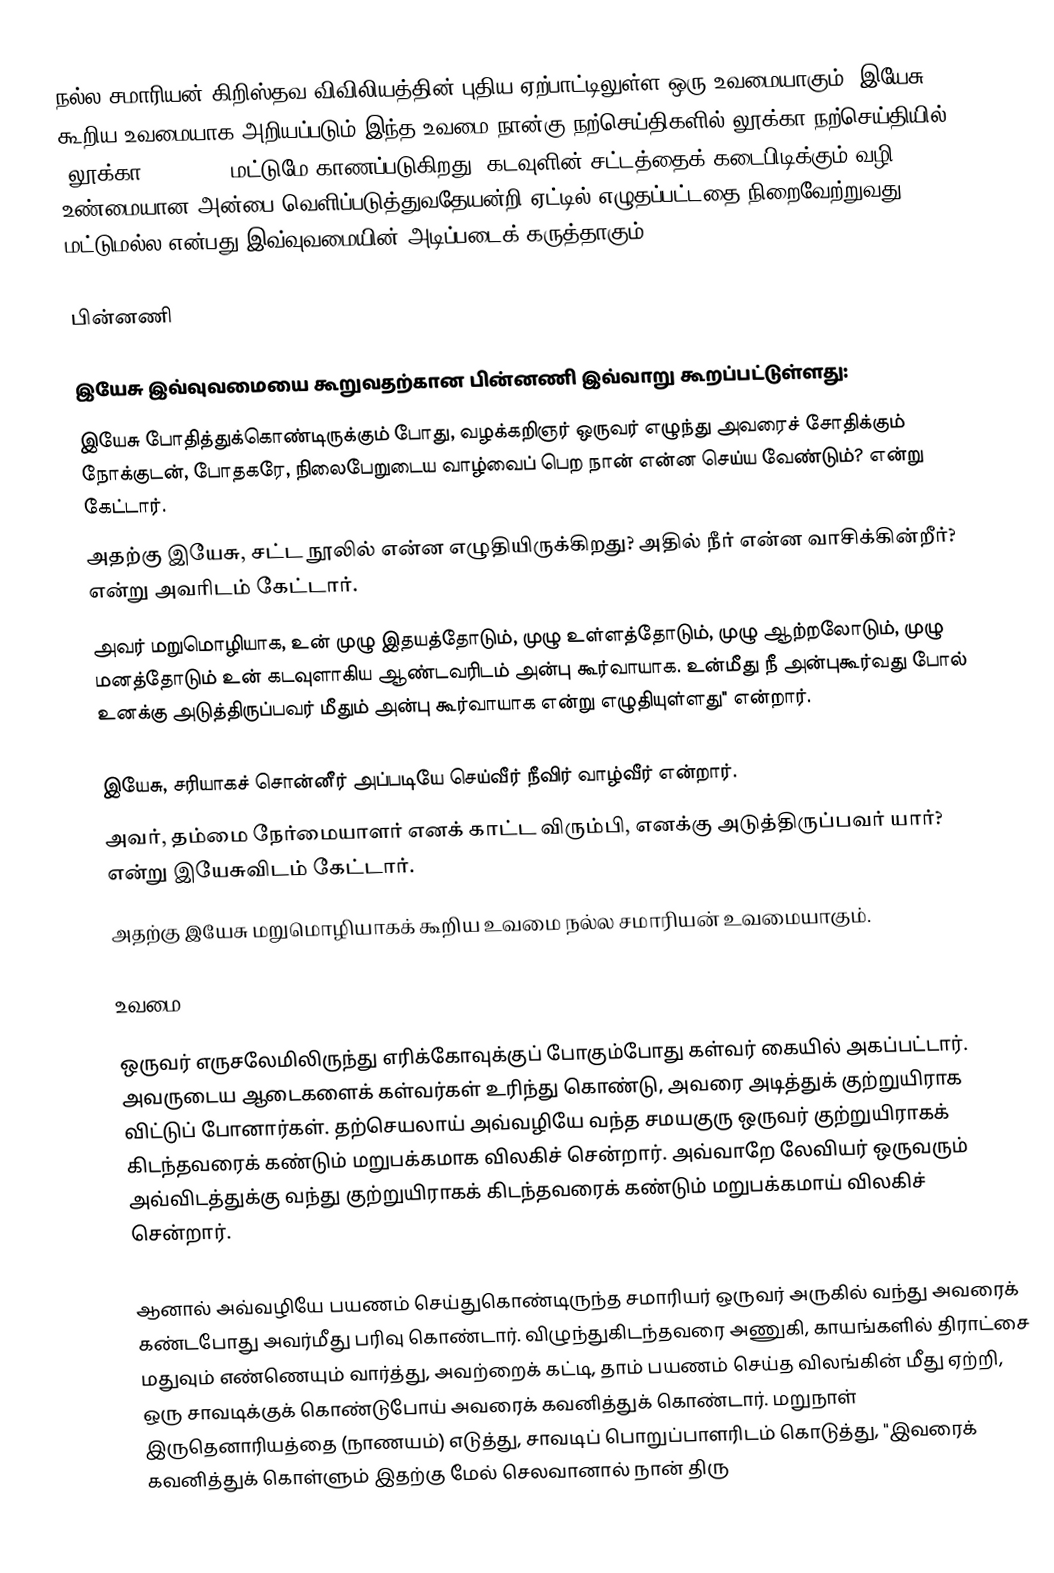
நல்ல சமாரியன் கிறிஸ்தவ விவிலியத்தின் புதிய ஏற்பாட்டிலுள்ள ஒரு உவமையாகும். இயேசு கூறிய உவமையாக அறியப்படும் இந்த உவமை நான்கு நற்செய்திகளில் லூக்கா நற்செய்தியில் (லூக்கா 10:25-37) மட்டுமே காணப்படுகிறது. கடவுளின் சட்டத்தைக் கடைபிடிக்கும் வழி உண்மையான அன்பை வெளிப்படுத்துவதேயன்றி ஏட்டில் எழுதப்பட்டதை நிறைவேற்றுவது மட்டுமல்ல என்பது இவ்வுவமையின் அடிப்படைக் கருத்தாகும்.

பின்னணி

இயேசு இவ்வுவமையை கூறுவதற்கான பின்னணி இவ்வாறு கூறப்பட்டுள்ளது:
இயேசு போதித்துக்கொண்டிருக்கும் போது, வழக்கறிஞர் ஒருவர் எழுந்து அவரைச் சோதிக்கும் நோக்குடன், போதகரே, நிலைபேறுடைய வாழ்வைப் பெற நான் என்ன செய்ய வேண்டும்? என்று கேட்டார்.
அதற்கு இயேசு, சட்ட நூலில் என்ன எழுதியிருக்கிறது? அதில் நீர் என்ன வாசிக்கின்றீர்? என்று அவரிடம் கேட்டார்.
அவர் மறுமொழியாக, உன் முழு இதயத்தோடும், முழு உள்ளத்தோடும், முழு ஆற்றலோடும், முழு மனத்தோடும் உன் கடவுளாகிய ஆண்டவரிடம் அன்பு கூர்வாயாக. உன்மீது நீ அன்புகூர்வது போல் உனக்கு அடுத்திருப்பவர் மீதும் அன்பு கூர்வாயாக என்று எழுதியுள்ளது" என்றார்.

இயேசு, சரியாகச் சொன்னீர் அப்படியே செய்வீர் நீவிர் வாழ்வீர் என்றார்.
அவர், தம்மை நேர்மையாளர் எனக் காட்ட விரும்பி, எனக்கு அடுத்திருப்பவர் யார்? என்று இயேசுவிடம் கேட்டார்.
அதற்கு இயேசு மறுமொழியாகக் கூறிய உவமை நல்ல சமாரியன் உவமையாகும்.

உவமை

ஒருவர் எருசலேமிலிருந்து எரிக்கோவுக்குப் போகும்போது கள்வர் கையில் அகப்பட்டார். அவருடைய ஆடைகளைக் கள்வர்கள் உரிந்து கொண்டு, அவரை அடித்துக் குற்றுயிராக விட்டுப் போனார்கள். தற்செயலாய் அவ்வழியே வந்த சமயகுரு ஒருவர் குற்றுயிராகக் கிடந்தவரைக் கண்டும் மறுபக்கமாக விலகிச் சென்றார். அவ்வாறே லேவியர் ஒருவரும் அவ்விடத்துக்கு வந்து குற்றுயிராகக் கிடந்தவரைக் கண்டும் மறுபக்கமாய் விலகிச் சென்றார்.

ஆனால் அவ்வழியே பயணம் செய்துகொண்டிருந்த சமாரியர் ஒருவர் அருகில் வந்து அவரைக் கண்டபோது அவர்மீது பரிவு கொண்டார். விழுந்துகிடந்தவரை அணுகி, காயங்களில் திராட்சை மதுவும் எண்ணெயும் வார்த்து, அவற்றைக் கட்டி, தாம் பயணம் செய்த விலங்கின் மீது ஏற்றி, ஒரு சாவடிக்குக் கொண்டுபோய் அவரைக் கவனித்துக் கொண்டார். மறுநாள் இருதெனாரியத்தை (நாணயம்) எடுத்து, சாவடிப் பொறுப்பாளரிடம் கொடுத்து, "இவரைக் கவனித்துக் கொள்ளும் இதற்கு மேல் செலவானால் நான் திரு